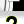
Digit: 2